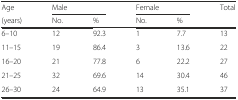
| Age | <COLSPAN=2> Male | <COLSPAN=2> Female | Total |
 | (years) | No. | % | No. | % |  |
 | --- | --- | --- | --- | --- | --- |
 | 6–10 | 12 | 92.3 | 1 | 7.7 | 13 |
 | 11–15 | 19 | 86.4 | 3 | 13.6 | 22 |
 | 16–20 | 21 | 77.8 | 6 | 22.2 | 27 |
 | 21–25 | 32 | 69.6 | 14 | 30.4 | 46 |
 | 26–30 | 24 | 64.9 | 13 | 35.1 | 37 |